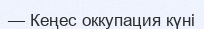
— Кеңес оккупация күні